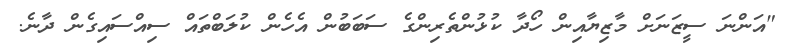
"އަންނަ ސީޒަނަށް މާޒިޔާއިން ހޯދާ ކުޅުންތެރިންގެ ސަބަބުން އެހެން ކުލަބްތައް ސިއްސައިގެން ދާނެ.